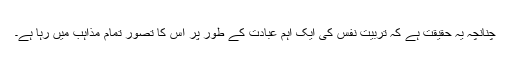
چنانچہ یہ حقیقت ہے کہ تربیت نفس کی ایک اہم عبادت کے طور پر اِس کا تصور تمام مذاہب میں رہا ہے۔